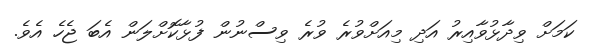
ކަމަށް ވިދާޅުވާއިރު އަދި މިއަށްވުރެ ވުރެ ވިސްނުން ފުޅާކޮށްލަން އެބަ ޖެހެ އެވެ.